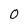
Character: 0